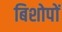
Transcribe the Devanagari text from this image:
बिशोपों